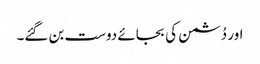
اور دُشمن کی بجائے دوست بن گئے۔